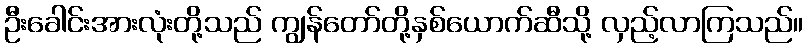
ဦးခေါင်းအားလုံးတို့သည် ကျွန်တော်တို့နှစ်ယောက်ဆီသို့ လှည့်လာကြသည်။